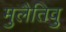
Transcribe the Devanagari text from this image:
मुलैतिवु